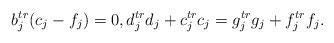
LaTeX: \begin{align*}b_j^{tr}(c_j-f_j)=0,d_j^{tr}d_j+c_j^{tr}c_j=g_j^{tr}g_j+f_j^{tr}f_j.\end{align*}